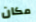
مكان